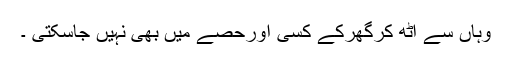
وہاں سے اٹھ کرگھرکے کسی اورحِصّے میں بھی نہیں جاسکتی ۔